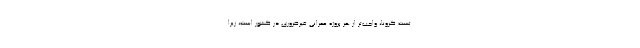
تست کرونا، واجب‌تر از هر پروژهٔ عمرانی غیرضروری در کشور است، زیرا